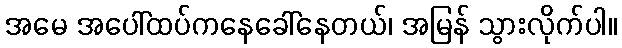
အမေ အပေါ်ထပ်ကနေခေါ်နေတယ်၊ အမြန် သွားလိုက်ပါ။